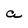
Character: a